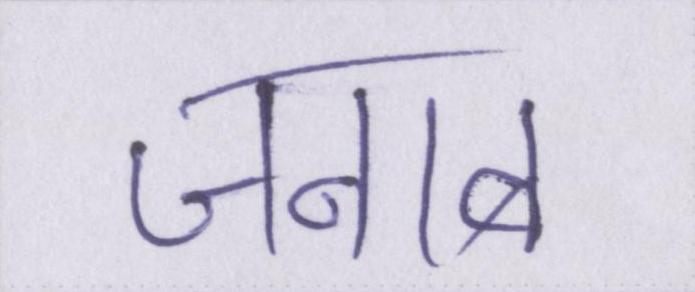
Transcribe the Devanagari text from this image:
जनाब